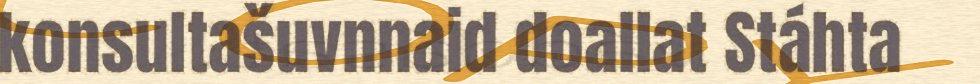
konsultašuvnnaid doallat Stáhta